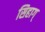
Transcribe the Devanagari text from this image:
सिहाग्